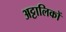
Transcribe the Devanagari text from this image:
अट्टालिकों